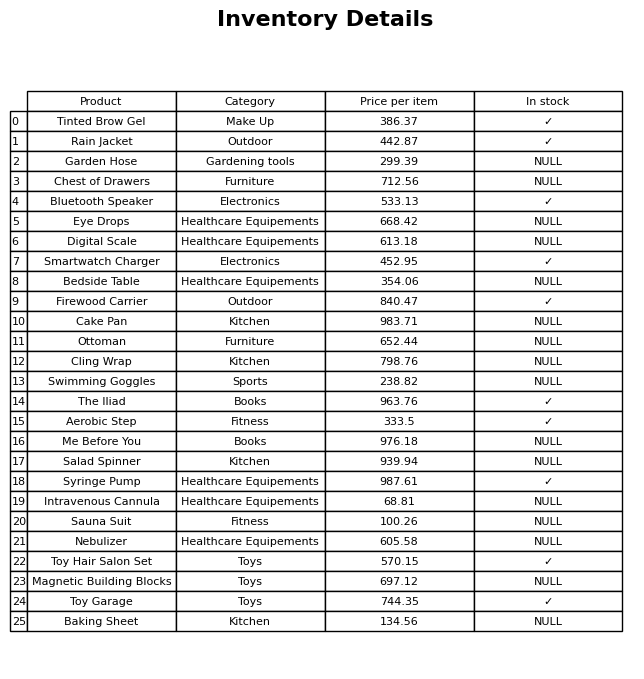
question: What is the price of the Digital Scale?
answer: The price of Digital Scale is 613.18.